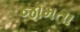
જામતા